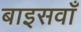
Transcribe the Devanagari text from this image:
बाइसवाँ